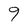
Character: 9